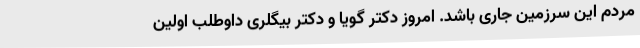
مردم این سرزمین جاری باشد. امروز دکتر گویا و دکتر بیگلری داوطلب اولین